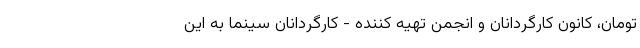
تومان، کانون کارگردانان و انجمن تهیه کننده - کارگردانان سینما به این